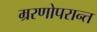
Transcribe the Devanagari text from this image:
म्ररणोपरान्त